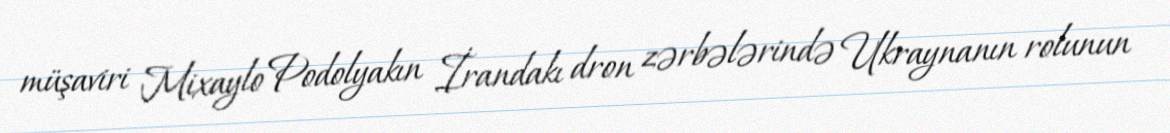
müşaviri Mixaylo Podolyakın İrandakı dron zərbələrində Ukraynanın rolunun